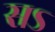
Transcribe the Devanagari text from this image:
सऽ